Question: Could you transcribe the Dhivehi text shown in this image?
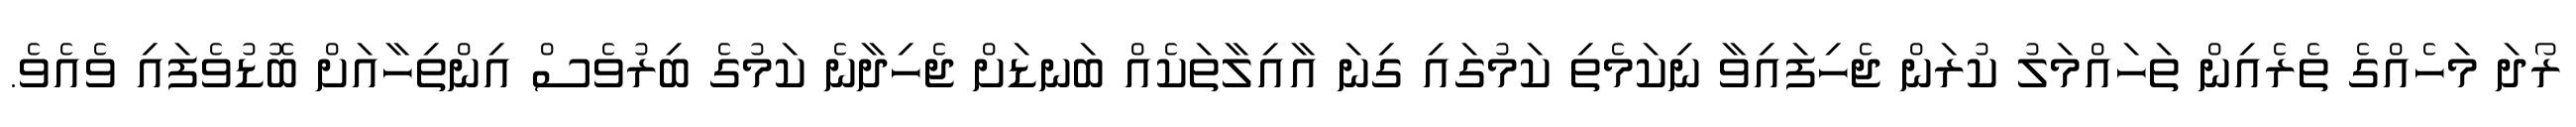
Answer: ރޯދަ މަހެއްގެ ތެރެއިން ތަހައްމަލު ކުރަން ޖެހިފައިވާ ނިކަމެތި ކަމުގައި ގިނަ އާއިލާތަކެއް ބަނޑަށް ޖެހިދާނެ ކަމުގެ ބިރުވެސް އިންތިހާއަށް ބޮޑުވެފައި ވެއެވެ.